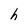
Character: h